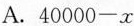
A.$$40000-x$$